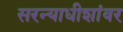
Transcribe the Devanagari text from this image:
सरन्याधीशांवर